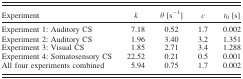
<table><thead><tr><td><b>Experiment</b></td><td><b><i>k</i></b></td><td><b><i>θ</i> [s<sup>−1</sup>]</b></td><td><b><i>c</i></b></td><td><b><i>t</i><sub>0</sub> [s]</b></td></tr></thead><tbody><tr><td>Experiment 1: Auditory CS</td><td>7.18</td><td>0.52</td><td>1.7</td><td>0.002</td></tr><tr><td>Experiment 2: Auditory CS</td><td>1.96</td><td>3.40</td><td>3.2</td><td>1.351</td></tr><tr><td>Experiment 3: Visual CS</td><td>1.85</td><td>2.71</td><td>3.4</td><td>1.288</td></tr><tr><td>Experiment 4: Somatosensory CS</td><td>22.52</td><td>0.21</td><td>0.5</td><td>0.001</td></tr><tr><td>All four experiments combined</td><td>5.94</td><td>0.75</td><td>1.7</td><td>0.002</td></tr></tbody></table>